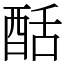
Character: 䣶